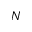
N